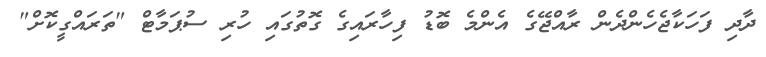
ދާދި ފަހަކާޖެހެންދެން ރާއްޖޭގެ އެންމެ ބޮޑު ފިހާރައިގެ ގޮތުގައި ހުރި ސުޕަމާޓް "ތަރައްގީކޮށް"